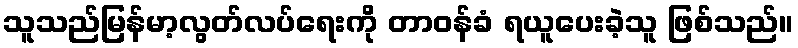
သူသည်မြန်မာ့လွတ်လပ်ရေးကို တာဝန်ခံ ရယူပေးခဲ့သူ ဖြစ်သည်။